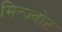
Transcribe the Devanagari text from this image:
मित्ज़्वोट